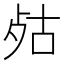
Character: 𣧮